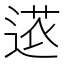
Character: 𮞠